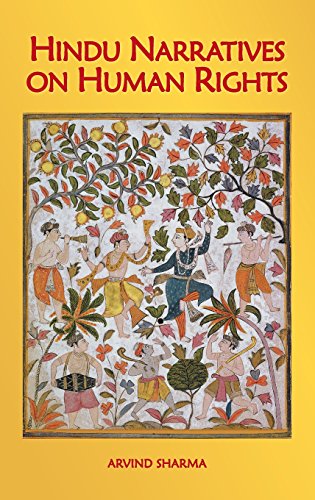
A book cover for Hindu Narratives on Human Rights; Arvind Sharma; Religion & Spirituality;